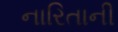
નારિતાની